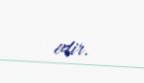
edir.